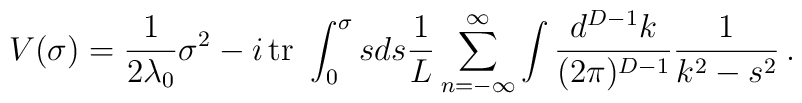
V(\sigma) = \frac{1}{2 \lambda_{0}}\sigma^2     -i\,{\rm tr}\  \displaystyle \int_{0}^{\sigma} s ds     \frac{1}{L}     \sum_{n=-\infty}^{\infty}     \int \frac{d^{D-1} k}{(2 \pi )^{D-1}}      \frac{1}{k^2-s^2}\, .